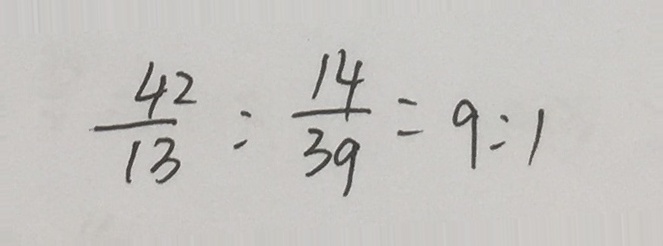
\frac { 4 2 } { 1 3 } : \frac { 1 4 } { 3 9 } = 9 : 1